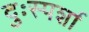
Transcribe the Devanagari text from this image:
दुःस्पर्शा